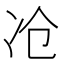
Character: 𰃷